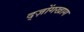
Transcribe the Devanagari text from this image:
द्ज़ोंगखाग